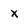
Character: x